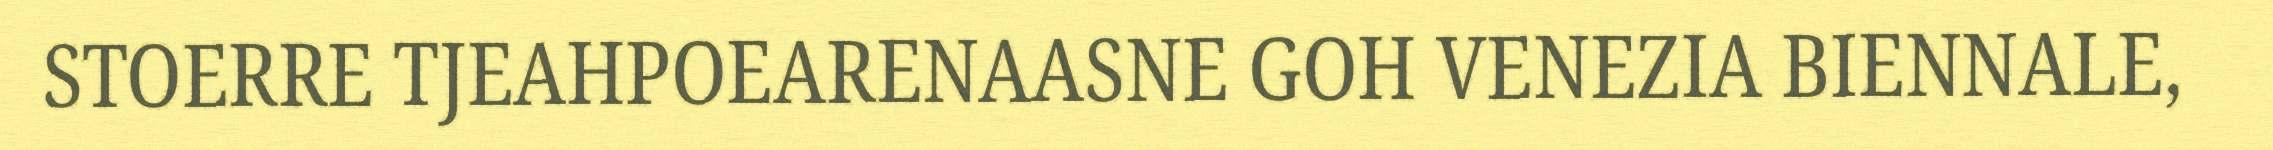
STOERRE TJEAHPOEARENAASNE GOH VENEZIA BIENNALE,